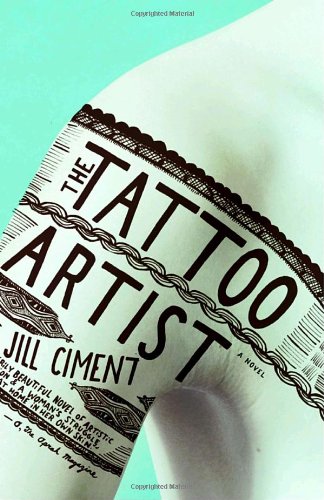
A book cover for The Tattoo Artist: A Novel; Jill Ciment; Literature & Fiction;